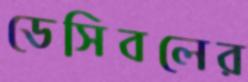
ডেসিবলের